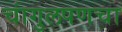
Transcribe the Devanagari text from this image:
चांगुलपणचा